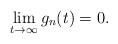
LaTeX: \begin{align*} \lim_{t \to \infty} g_n(t) = 0.\end{align*}